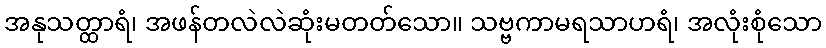
အနုသတ္ထာရံ၊ အဖန်တလဲလဲဆုံးမတတ်သော။ သဗ္ဗကာမရသာဟရံ၊ အလုံးစုံသော